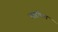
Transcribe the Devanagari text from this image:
गार्डांच्या